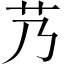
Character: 艿